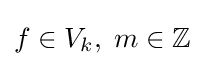
f\in V_{k},\;m\in \mathbb {Z}